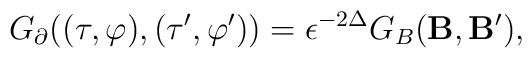
G_\partial((\tau,\varphi),(\tau',\varphi')) = \epsilon^{-2 \Delta}G_B({\bf B},{\bf B'}),